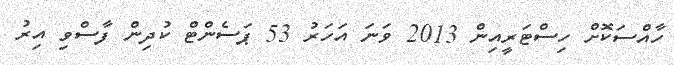
ހާއްސަކޮށް ހިސްޓަރީއިން 2013 ވަނަ އަހަރު 53 ޕަސެންޓް ކުދިން ފާސްވި އިރު